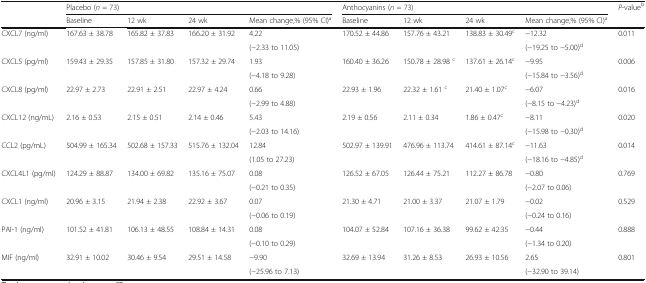
<table><thead><tr><td rowspan="2"></td><td colspan="4"><b>Placebo (<i>n</i> = 73)</b></td><td colspan="4"><b>Anthocyanins (<i>n</i> = 73)</b></td><td rowspan="2"><b><i>P-</i>value<sup>b</sup></b></td></tr><tr><td><b>Baseline</b></td><td><b>12 wk</b></td><td><b>24 wk</b></td><td><b>Mean change,% (95% CI)<sup>a</sup></b></td><td><b>Baseline</b></td><td><b>12 wk</b></td><td><b>24 wk</b></td><td><b>Mean change,% (95% CI)<sup>a</sup></b></td></tr></thead><tbody><tr><td rowspan="2">CXCL7 (ng/ml)</td><td rowspan="2">167.63 ± 38.78</td><td rowspan="2">165.82 ± 37.83</td><td rowspan="2">166.20 ± 31.92</td><td>4.22</td><td rowspan="2">170.52 ± 44.86</td><td rowspan="2">157.76 ± 43.21</td><td rowspan="2">138.83 ± 30.49<sup>c</sup></td><td>−12.32</td><td rowspan="2">0.011</td></tr><tr><td>(−2.33 to 11.05)</td><td>(−19.25 to −5.00)<sup>d</sup></td></tr><tr><td rowspan="2">CXCL5 (pg/ml)</td><td rowspan="2">159.43 ± 29.35</td><td rowspan="2">157.85 ± 31.80</td><td rowspan="2">157.32 ± 29.74</td><td>1.93</td><td rowspan="2">160.40 ± 36.26</td><td rowspan="2">150.78 ± 28.98 <sup>c</sup></td><td rowspan="2">137.61 ± 26.14<sup>c</sup></td><td>−9.95</td><td rowspan="2">0.006</td></tr><tr><td>(−4.18 to 9.28)</td><td>(−15.84 to −3.56)<sup>d</sup></td></tr><tr><td rowspan="2">CXCL8 (pg/ml)</td><td rowspan="2">22.97 ± 2.73</td><td rowspan="2">22.91 ± 2.51</td><td rowspan="2">22.97 ± 4.24</td><td>0.66</td><td rowspan="2">22.93 ± 1.96</td><td rowspan="2">22.32 ± 1.61 <sup>c</sup></td><td rowspan="2">21.40 ± 1.07<sup>c</sup></td><td>−6.07</td><td rowspan="2">0.016</td></tr><tr><td>(−2.99 to 4.88)</td><td>(−8.15 to −4.23)<sup>d</sup></td></tr><tr><td rowspan="2">CXCL12 (ng/mL)</td><td rowspan="2">2.16 ± 0.53</td><td rowspan="2">2.15 ± 0.51</td><td rowspan="2">2.14 ± 0.46</td><td>5.43</td><td rowspan="2">2.19 ± 0.56</td><td rowspan="2">2.11 ± 0.34</td><td rowspan="2">1.86 ± 0.47<sup>c</sup></td><td>−8.11</td><td rowspan="2">0.020</td></tr><tr><td>(−2.03 to 14.16)</td><td>(−15.98 to −0.30)<sup>d</sup></td></tr><tr><td rowspan="2">CCL2 (pg/mL)</td><td rowspan="2">504.99 ± 165.34</td><td rowspan="2">502.68 ± 157.33</td><td rowspan="2">515.76 ± 132.04</td><td>12.84</td><td rowspan="2">502.97 ± 139.91</td><td rowspan="2">476.96 ± 113.74</td><td rowspan="2">414.61 ± 87.14<sup>c</sup></td><td>−11.63</td><td rowspan="2">0.014</td></tr><tr><td>(1.05 to 27.23)</td><td>(−18.16 to −4.85)<sup>d</sup></td></tr><tr><td rowspan="2">CXCL4L1 (pg/ml)</td><td rowspan="2">124.29 ± 88.87</td><td rowspan="2">134.00 ± 69.82</td><td rowspan="2">135.16 ± 75.07</td><td>0.08</td><td rowspan="2">126.52 ± 67.05</td><td rowspan="2">126.44 ± 75.21</td><td rowspan="2">112.27 ± 86.78</td><td>−0.80</td><td rowspan="2">0.769</td></tr><tr><td>(−0.21 to 0.35)</td><td>(−2.07 to 0.06)</td></tr><tr><td rowspan="2">CXCL1 (ng/ml)</td><td rowspan="2">20.96 ± 3.15</td><td rowspan="2">21.94 ± 2.38</td><td rowspan="2">22.92 ± 3.67</td><td>0.07</td><td rowspan="2">21.30 ± 4.71</td><td rowspan="2">21.00 ± 3.37</td><td rowspan="2">21.07 ± 1.79</td><td>−0.02</td><td rowspan="2">0.529</td></tr><tr><td>(−0.06 to 0.19)</td><td>(−0.24 to 0.16)</td></tr><tr><td rowspan="2">PAI-1 (ng/ml)</td><td rowspan="2">101.52 ± 41.81</td><td rowspan="2">106.13 ± 48.55</td><td rowspan="2">108.84 ± 14.31</td><td>0.08</td><td rowspan="2">104.07 ± 52.84</td><td rowspan="2">107.16 ± 36.38</td><td rowspan="2">99.62 ± 42.35</td><td>−0.44</td><td rowspan="2">0.888</td></tr><tr><td>(−0.10 to 0.29)</td><td>(−1.34 to 0.20)</td></tr><tr><td rowspan="2">MIF (ng/ml)</td><td rowspan="2">32.91 ± 10.02</td><td rowspan="2">30.46 ± 9.54</td><td rowspan="2">29.51 ± 14.58</td><td>−9.90</td><td rowspan="2">32.69 ± 13.94</td><td rowspan="2">31.26 ± 8.53</td><td rowspan="2">26.93 ± 10.56</td><td>2.65</td><td rowspan="2">0.801</td></tr><tr><td>(−25.96 to 7.13)</td><td>(−32.90 to 39.14)</td></tr></tbody></table>